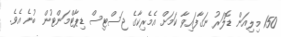
150 މިލިއަން ޑޮލަރު ނަގާފައިވާ ކަމަށް އެމެރިކާގެ ޖަސްޓިސް ޑިޕާޓްމަންޓުން ބުނެ އެވެ.